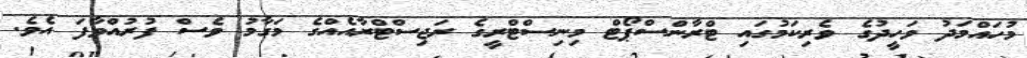
މުހައްމަދު ވަހީދުގެ ވެރިކަމުގައި ޓްރާންސްޕޯޓް މިނިސްޓްރީގެ ރަޖިސްޓްރާއެއްގެ މަގާމު ވެސް ފުރުއްވާފަ އެވެ.